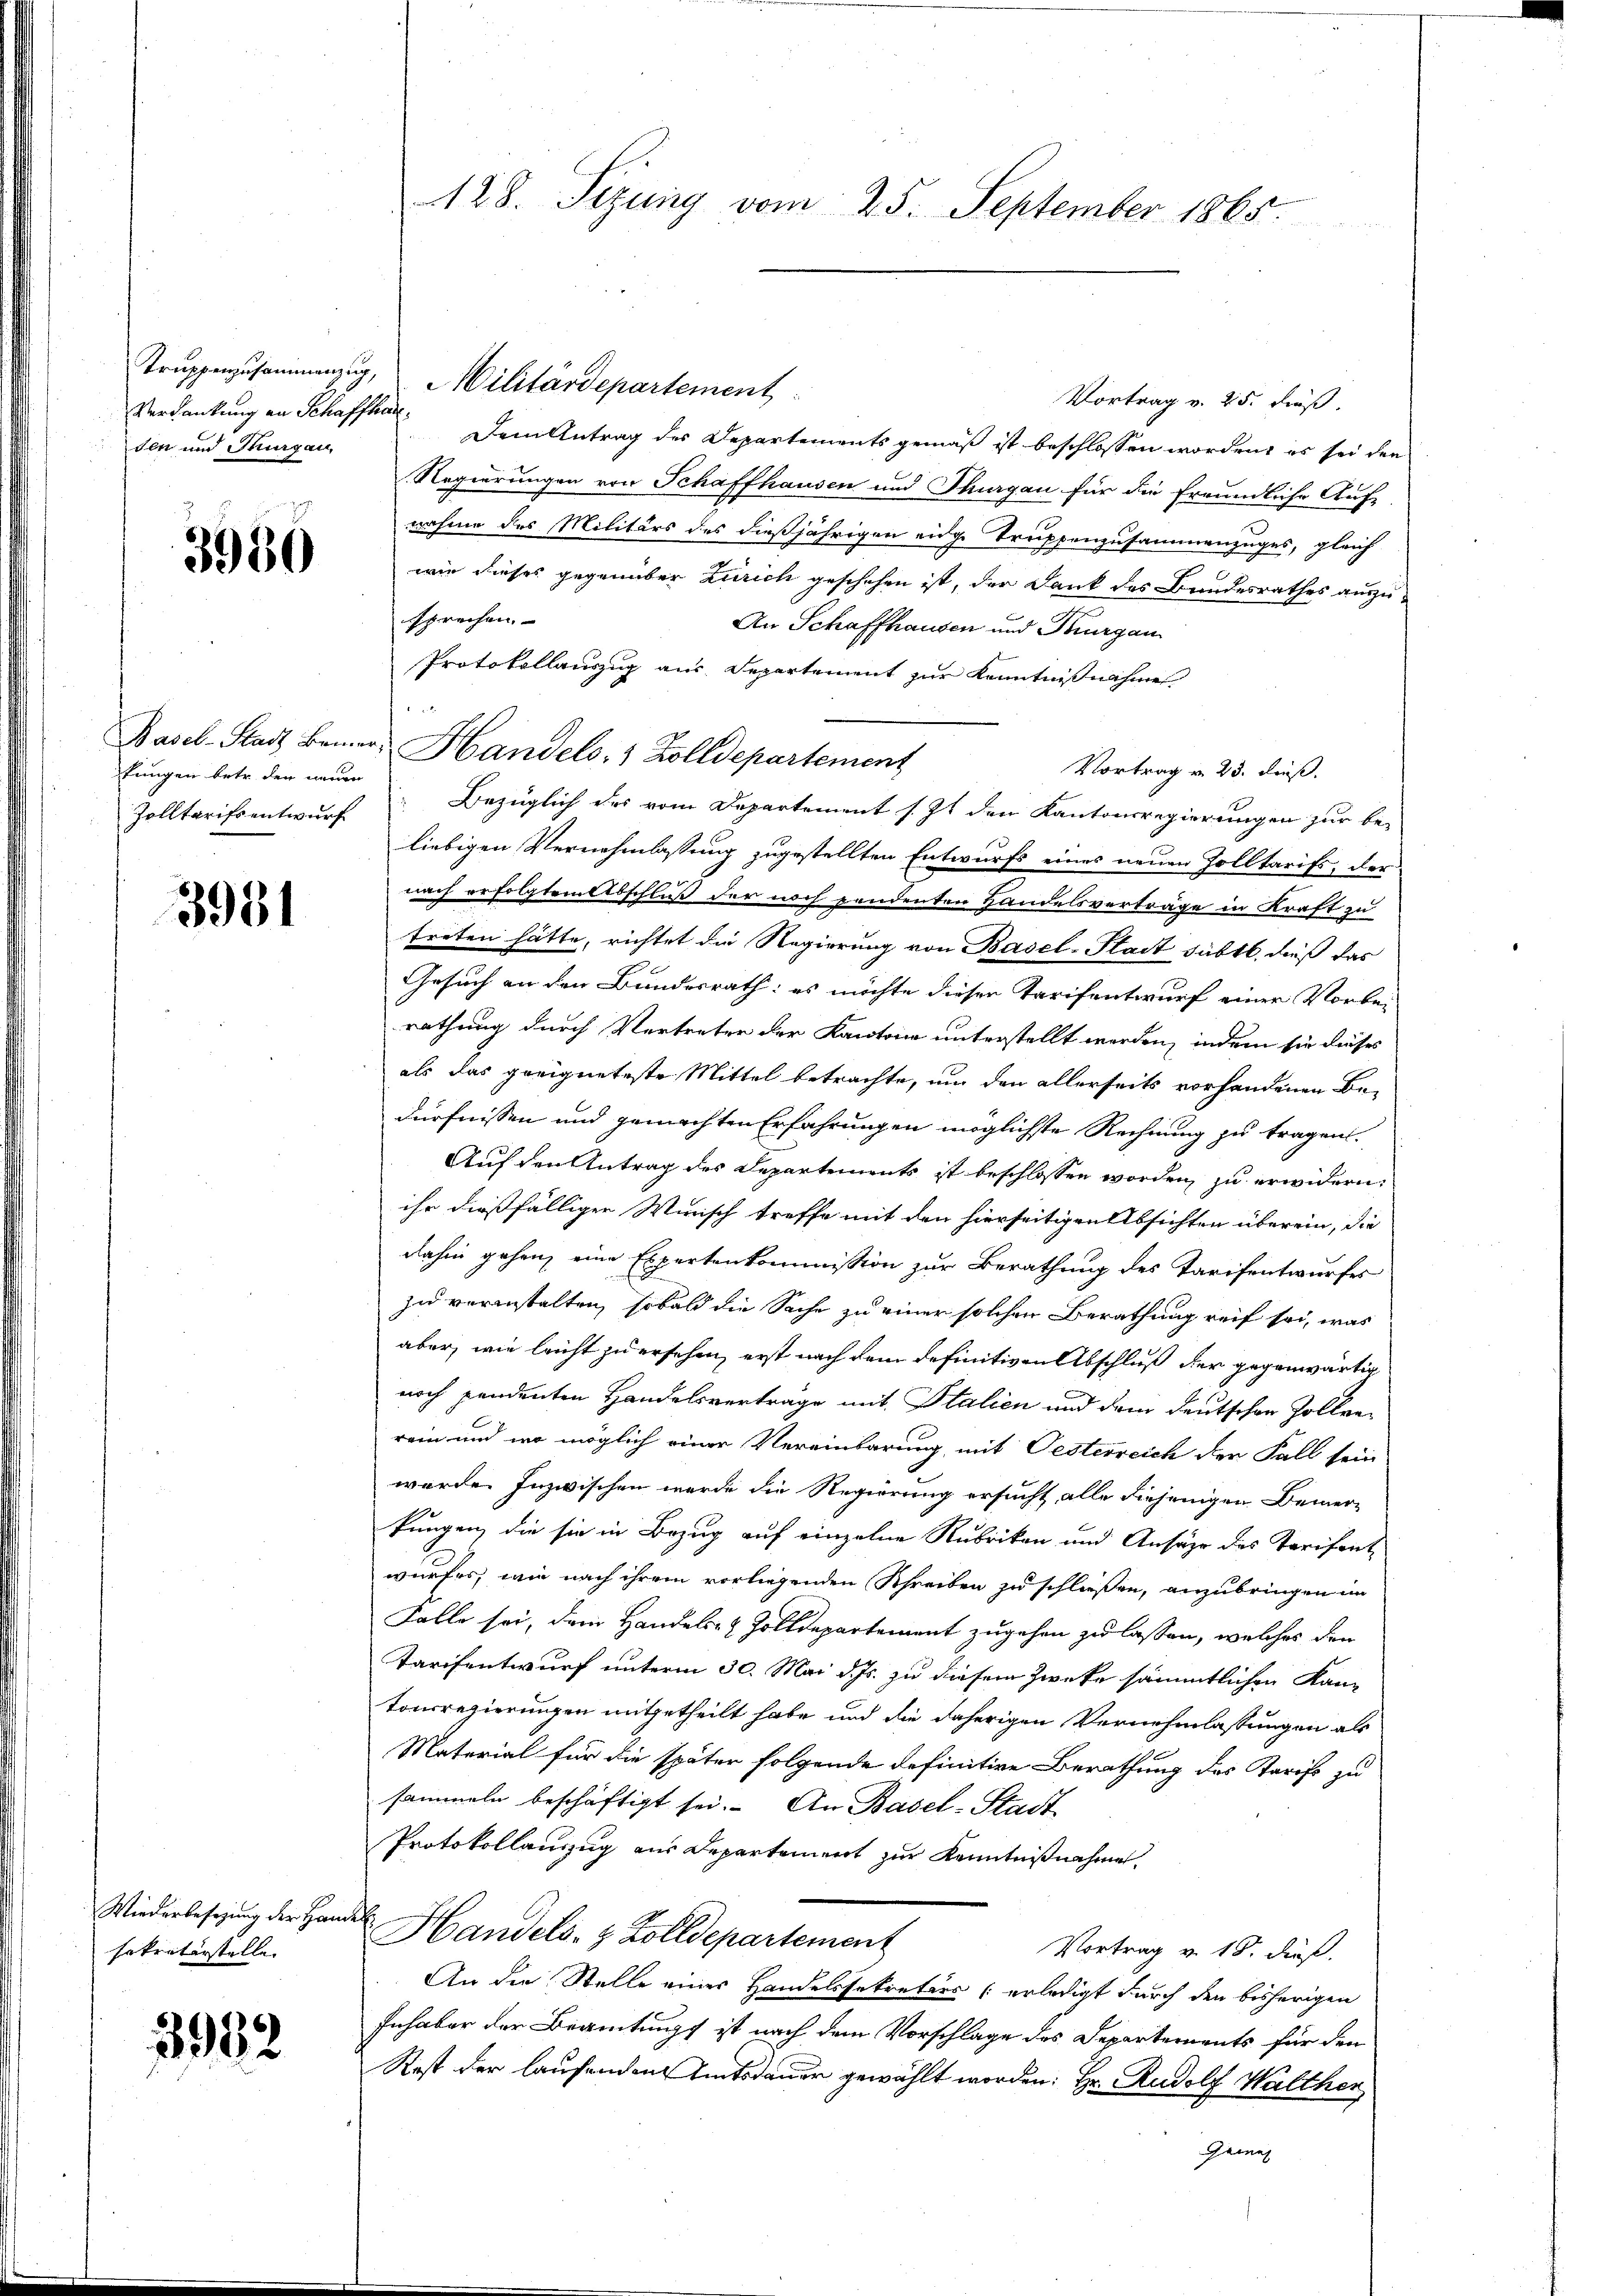
Verdankung an Schaffha
sen und Thurgau,

3980

kungen betr. der neuen

3931

Wiederbesezung der Hand
sekretärstelle.

3982

Vortrag v. 25. dieß.
Dem Antrag des Departements gemäß ist beschlossen worden, es sei den
Regierungen von Schaffhausen und Thurgau für die freundliche Auf-
nahme des Militärs des dießjährigen eidge Truppenzusammenzuges, gleich
wie dieses gegenüber Zürich geschehen ist, der Dank des Bundesrathes auszu-
sprechen. |
An Schaffhausen und Thurgau
Protokollauszug aus Separtement zur Kenntnißnahme
Vortrag v. 23. dieß.
Zolltarifsentwurf Bezüglich des vom Departement s. Zt. den Kantonsregierungen zur be-
liebigen Vernehmlassung zugestellten Entwurfs eines neuen Zolltarifs, der
nach erfolgten Abschluß der noch pendenten Handelsverträge in Kraft zu
treten hätte, richtet die Regierung von Basel-Stadt subtt., dieß das
Gesuch an den Bundesrath: es möchte dieser Tarifentwurf einer Vorbei
rathung durch Vertreten der Kantone unterstellt werden, indem sie dieses
als das geeigneteste Mittel betrachte, um den allerseits vorhandenen Bedürfnissen und gemachten Erfahrungen möglichste Rechnung zu tragen.
Auf den Antrag des Departements ist beschlossen worden, zu erwidern,
ihr dießfälligen Wunsch treffe mit den hierseitigen Absichten überein, die
dahin gehen, eine Expertenkommission zur Berathung des Tarifentwurfes
zu veranstalten, sobald die Sache zu einer solchen Berathung reif sei, was
aber, wie leicht zu ersehen, erst nach dem definitiven Abschluß der gegenwärtig
noch pendenten Handelsverträge mit Italien und dem deutschen Zollenrein und wo möglich einer Vereinbarung, mit Oesterreich der Fall sein
werde. Inzwischen werde die Regierung ersucht, alle diejenigen Bemer-
kungen, die sie in Bezug auf einzelne Rubrikon und Ansähe des Tarifent
wurfes, wie nach ihrem vorliegenden Schreiben zu schließen, anzubringen im
Falle sei, dem Handels- & Zolldepartement zugehen zu lassen, welches den
Tarifentwurf unterm 30. Mai d. Js. zu diesem Zweke sämmtlichen Kantonsregierungen mitgetheilt habe und die daherigen Vernehmlassungen als
Material für die später folgende definitive Berathung des Tarif zu
sammeln beschäftigt sei. An Basel-Stadt
Protokollanzug aus Departement zur Kenntnißnahme
.
Handels- & Zolldepartement
Vortrag v. 18. dieß.
An die Stelle eines Handelssekretärs erledigt durch den bisherigen
Inhaber der Beamtung ist nach dem Vorschlage des Departements für den
Rest der laufenden Amtsdauer gewählt worden: Hr. Rudolf Walther
Geine

128. Sezung vom 25. September 1865.

Trŭppenzusammenzug, Militärdepartement

Basel-Stadt Bemer, Handels- & Zolldepartement